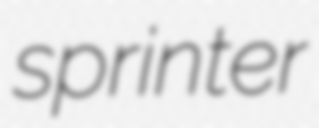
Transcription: sprinter